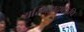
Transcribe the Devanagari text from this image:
यस्मिझदृष्टेऽपि